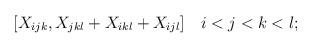
LaTeX: \begin{align*}[X_{ijk}, X_{jkl} + X_{ikl} + X_{ijl} ] \quad i<j<k<l;\end{align*}